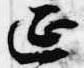
延